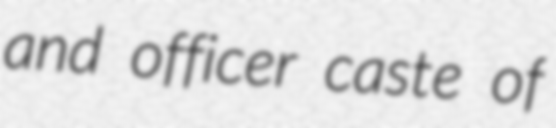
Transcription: and officer caste of